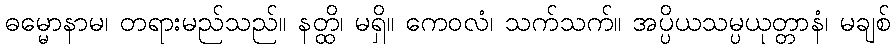
ဓမ္မောနာမ၊ တရားမည်သည်။ နတ္ထိ၊ မရှိ။ ကေဝလံ၊ သက်သက်။ အပ္ပိယသမ္ပယုတ္တာနံ၊ မချစ်